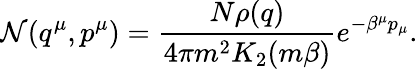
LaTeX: {\cal N}(q^{\mu},p^{\mu})={\frac{N\rho(q)}{4\pi m^{2}K_{2}(m\beta)}}e^{-\beta^{\mu}p_{\mu}}.